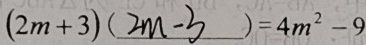
( 2 m + 3 ) ( 2 m - 3 ) = 4 m ^ { 2 } - 9